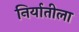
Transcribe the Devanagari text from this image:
निर्यातीला